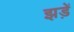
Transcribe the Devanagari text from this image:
झड़ें